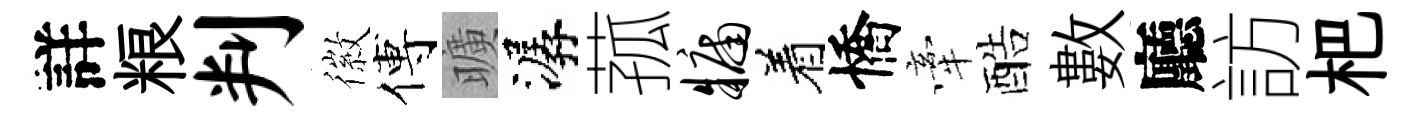
詳粮判徽傅曠潺菰牖着憍牽酷數廳訪杷